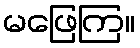
မဖြေကြ။